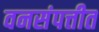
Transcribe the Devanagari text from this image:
वनसंपत्तीत